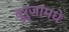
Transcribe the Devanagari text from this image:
बुरुजांमधे